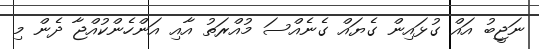
ނަޖީބު އައް ގުޅައިން ގެޔައް ގެނެއްސަ މުއްރަތު އާއި އަންހެންކުއްޖާ ދެން މި